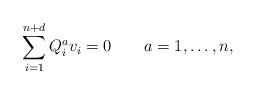
LaTeX: \begin{align*}\sum_{i=1}^{n+d} Q_i^a v_i =0 \qquad a=1, \ldots, n,\end{align*}